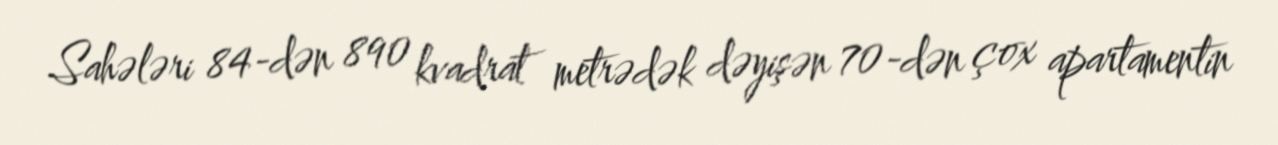
Sahələri 84-dən 890 kvadrat metrədək dəyişən 70-dən çox apartamentin